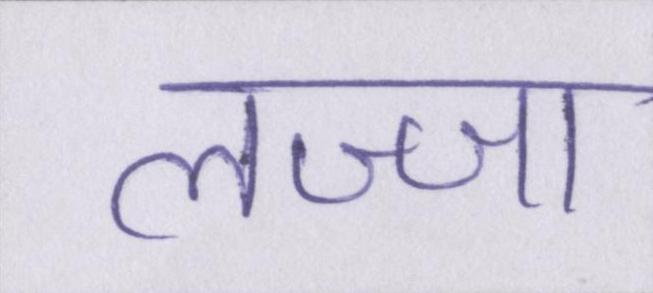
लज्जा